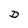
Character: D